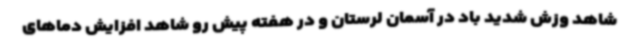
شاهد وزش شدید باد در آسمان لرستان و در هفته پیش رو شاهد افزایش دماهای